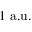
1 \ \mathrm { a . u . }